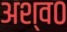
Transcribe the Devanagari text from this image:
अश्व०